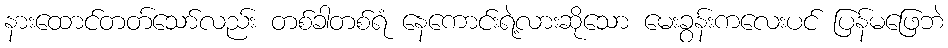
နားထောင်တတ်သော်လည်း တစ်ခါတစ်ရံ နေကောင်းရဲ့လားဆိုသော မေးခွန်းကလေးပင် ပြန်မဖြေဘဲ